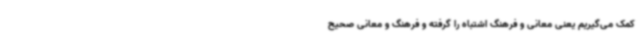
کمک می‌گیریم یعنی معانی و فرهنگ اشتباه را گرفته و فرهنگ و معانی صحیح